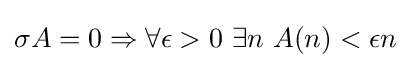
\sigma A=0\Rightarrow \forall \epsilon >0\ \exists n\ A(n)<\epsilon n